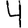
Digit: 4